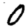
Digit: 0